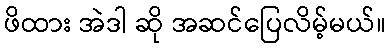
ဖိထား အဲဒါ ဆို အဆင်ပြေလိမ့်မယ်။